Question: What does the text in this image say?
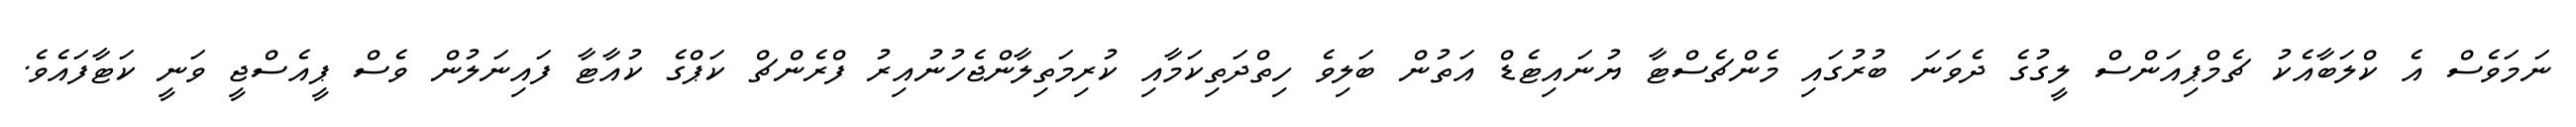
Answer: ނަމަވެސް އެ ކްލަބާއެކު ޗެމްޕިއަންސް ލީގުގެ ދެވަނަ ބުރުގައި މެންޗެސްޓާ ޔުނައިޓެޑް އަތުން ބަލިވެ ހިތްދަތިކަމާއި ކުރިމަތިލާންޖެހުނުއިރު ފްރެންޗް ކަޕްގެ ކުއާޓާ ފައިނަލުން ވެސް ޕީއެސްޖީ ވަނީ ކަޓާފައެވެ.